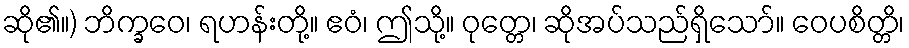
ဆို၏။) ဘိက္ခဝေ၊ ရဟန်းတို့။ ဧဝံ၊ ဤသို့။ ဝုတ္တေ၊ ဆိုအပ်သည်ရှိသော်။ ဝေပစိတ္တိ၊